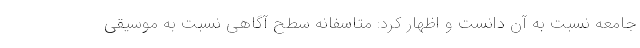
جامعه نسبت به آن دانست و اظهار کرد: متاسفانه سطح آگاهی نسبت به موسیقی